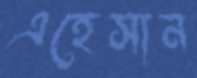
এহেসান